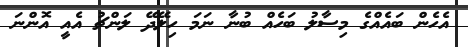
އެހެން ބައެއްގެ މިސާލު ބަހެއް ބުނާ ނަމަ ހިލޭދޭ ލަންޗު އެއީ އޮންނަ